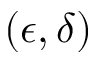
( \epsilon , \delta )